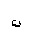
Letter: _non